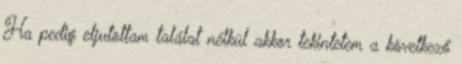
Ha pedig eljutottam találat nélkül akkor tekintetem a következő